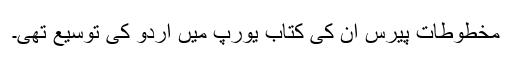
مخطوطات پیرس ان کی کتاب یورپ میں اردو کی توسیع تھی۔